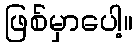
ဖြစ်မှာပေါ့။